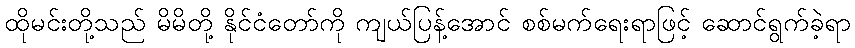
ထိုမင်းတို့သည် မိမိတို့ နိုင်ငံတော်ကို ကျယ်ပြန့်အောင် စစ်မက်ရေးရာဖြင့် ဆောင်ရွက်ခဲ့ရာ